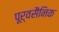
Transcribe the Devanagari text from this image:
पूर्वसैनिक